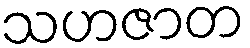
သဟဇာတ